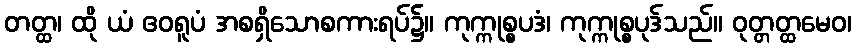
တတ္ထ၊ ထို ယံ ဧဝရူပံ အစရှိသောစကားရပ်၌။ ကုက္ကုစ္စပဒံ၊ ကုက္ကုစ္စပုဒ်သည်။ ဝုတ္တတ္ထမေဝ၊